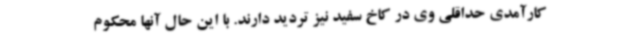
کارآمدی حداقلی وی در کاخ سفید نیز تردید دارند. با این حال آنها محکوم